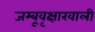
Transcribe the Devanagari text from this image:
जम्बूवृक्षाखाली